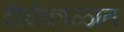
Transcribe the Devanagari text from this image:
दीर्घकाळात